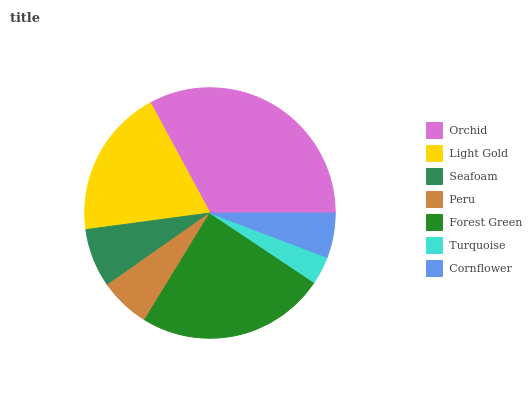
| Orchid | Light Gold | Seafoam | Peru | Forest Green | Turquoise | Cornflower |
 | --- | --- | --- | --- | --- | --- | --- |
 | 32.9% | 19.2% | 7.62% | 6.52% | 24.3% | 3.61% | 5.76% |